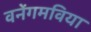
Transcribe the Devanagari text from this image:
वनेंगमविया